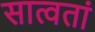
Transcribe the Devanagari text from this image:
सात्वतां